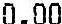
0.00